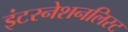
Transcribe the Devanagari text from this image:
इंटरनेशनलिस्ट